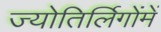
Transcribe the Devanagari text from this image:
ज्योतिर्लिगोंमें